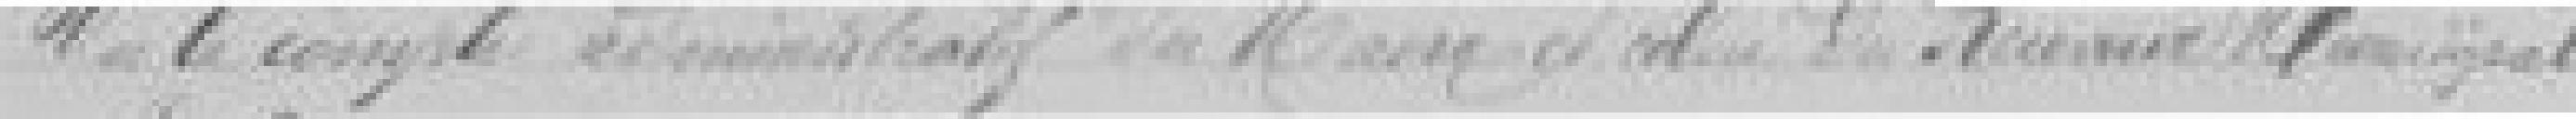
Vu le compte administratif du Maire et celui du Receveur Municipal.